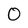
Character: 0